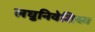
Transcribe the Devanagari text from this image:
लघुनिवेशिका